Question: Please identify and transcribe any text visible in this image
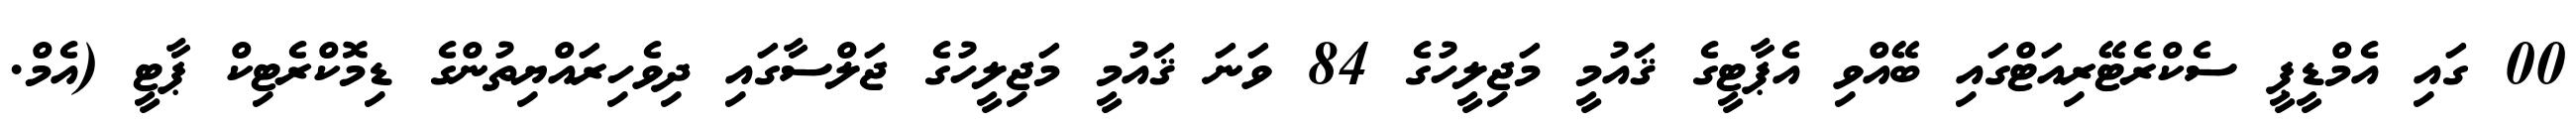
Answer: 00 ގައި އެމްޑީޕީ ސެކްރެޓޭރިއަޓްގައި ބޭއްވި އެޕާޓީގެ ޤައުމީ މަޖިލީހުގެ 84 ވަނަ ޤައުމީ މަޖިލީހުގެ ޖަލްސާގައި ދިވެހިރައްޔިތުންގެ ޑިމޮކްރެޓިކް ޕާޓީ (އެމް.